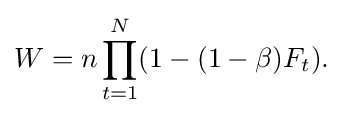
{\begin{aligned}W=n\prod _{t=1}^{N}(1-(1-\beta )F_{t}).\end{aligned}}